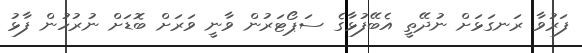
ފަރުވާ ރަނގަޅަށް ނުދޭތީ އެބޭފުޅާގެ ސަޕޯޓަރުން ވާނީ ވަރަށް ބޮޑަށް ނުރުހުން ފާޅު